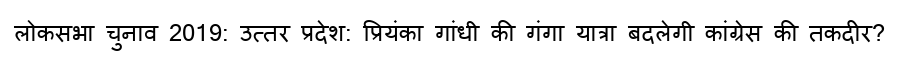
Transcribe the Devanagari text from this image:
लोकसभा चुनाव 2019: उत्तर प्रदेश: प्रियंका गांधी की गंगा यात्रा बदलेगी कांग्रेस की तकदीर?